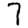
Digit: 7